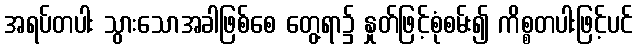
အရပ်တပါး သွားသောအခါဖြစ်စေ တွေ့ရာ၌ နှုတ်ဖြင့်စုံစမ်း၍ ကိစ္စတပါးဖြင့်ပင်